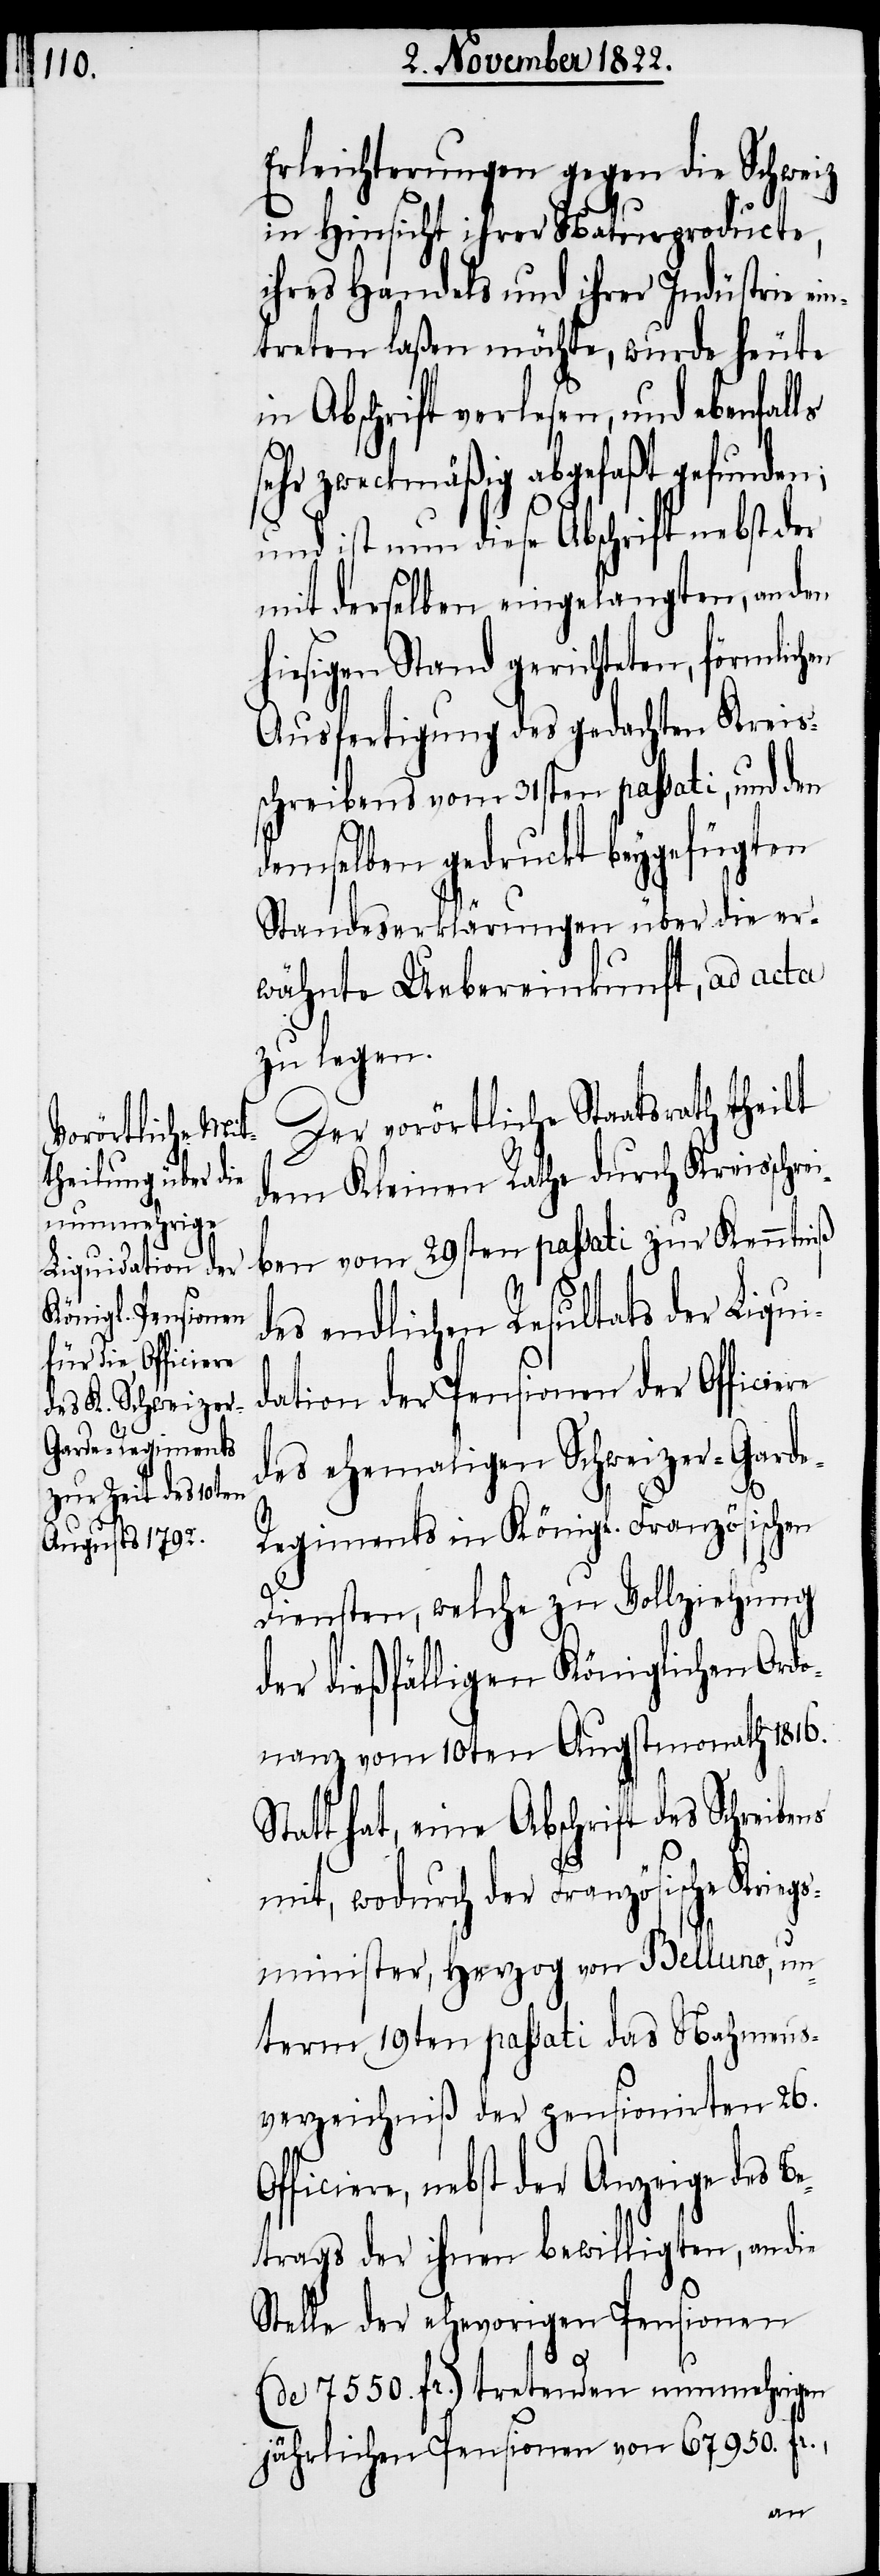
Erleichterungen gegen die Schweiz
in Hinsicht ihrer Naturproducte,
ihre Handels und ihrer Indüstrie ein¬
treten laßen möchte, wurde heute
in Abschrift verlesen, und ebenfal¬
sehr zweckmäßig abgefaßt gefunden;
und ist nun diese Abschrift nebst der
mit derselben eingelangten, an den
hiesigen Stand gerichteten, förmlich¬
Ausfertigung des gedachten Kreis¬
schreibens vom 31sten passati, und den
demselben gedruckt beygefügten
Standeserklärungen über die er¬
wähnte Uebereinkunft, ad acta
zu legen.
Der vorörtliche Staatsrath theilt
dem Kleinen Rathe durch Kreisschre¬
ben vom 29sten passati zur Kenntniß
des endlichen Resultats der Liqui¬
dation der Pensionen der Officiere
des ehemaligen Schweizer-Gard¬
egiments in Königl. Französischen
O¬
Diensten, welche zu Vollziehung
der dießfälligen Königlichen Ordo¬
nanz vom 10ten Augstmonath 1816.
Statt hat, eine Abschrift des Schreibe¬
mit, wodurch der Französische Kriegs¬
minister, Herzog von Belluno, un¬
term 19ten passati das Nahmens¬
verzeichniß der pensionirten 26.
fficiere, nebst der Anzeige des Be¬
trags der ihnen bewilligten, an die
Stelle der ehevorigen Pensionen
(de 7550. fr.) tretenden nunmehrigen
jährlichen Pensionen von 67 950. fr.,
en